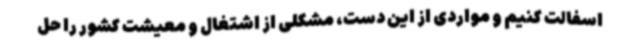
اسفالت کنیم و مواردی از این دست، مشکلی از اشتغال و معیشت کشور را حل